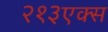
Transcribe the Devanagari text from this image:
२१३एक्स